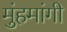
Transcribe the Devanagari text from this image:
मुंहमांगी